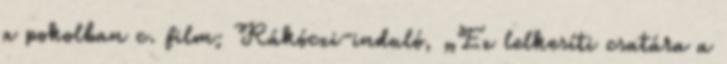
a pokolban c. film; Rákóczi-induló, „Ez lelkesíti csatára a